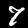
Label: 7